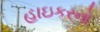
હાઇકરનો